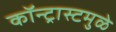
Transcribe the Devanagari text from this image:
कॉन्ट्रास्टमुळे